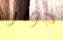
جوار